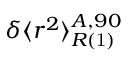
\delta \langle r ^ { 2 } \rangle _ { R \mathrm { ( 1 ) } } ^ { A , 9 0 }